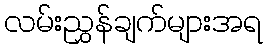
လမ်းညွှန်ချက်များအရ